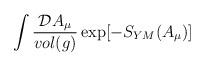
LaTeX: \begin{align*}\int\frac{{\cal D}A_{\mu}}{vol(g)}\exp[-S_{YM}(A_{\mu})]\end{align*}